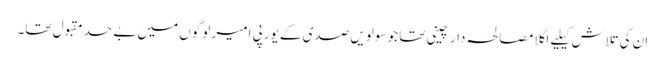
ان کی تلاش کیلیے اگلا مصالحہ دار چینی تھا جو سولویں صدی کے یورپی امیر لوگوں میں بے حد مقبول تھا۔